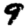
Digit: 9